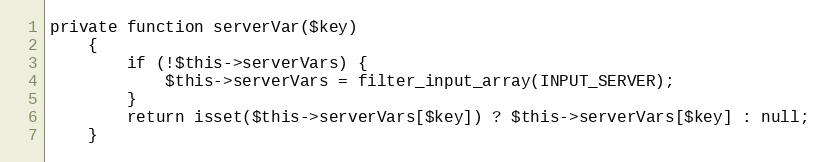
Language: PHP
private function serverVar($key)
    {
        if (!$this->serverVars) {
            $this->serverVars = filter_input_array(INPUT_SERVER);
        }
        return isset($this->serverVars[$key]) ? $this->serverVars[$key] : null;
    }